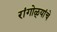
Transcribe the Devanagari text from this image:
रांगोळ्यांचे